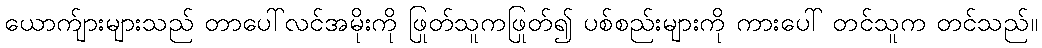
ယောက်ျားများသည် တာပေါ်လင်အမိုးကို ဖြုတ်သူကဖြုတ်၍ ပစ်စည်းများကို ကားပေါ် တင်သူက တင်သည်။